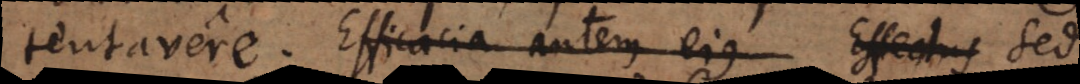
tentavere. Efficacia autem ejus Effectus Sed